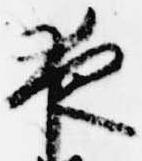
夜